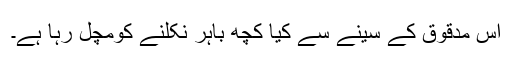
اس مدقوق کے سینے سے کیا کچھ باہر نکلنے کومچل رہا ہے۔